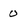
Character: 0